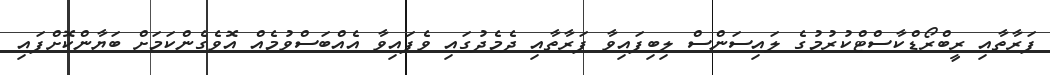
ފަރާތާއި ރީބްރޯޑްކާސްޓްކުރުމުގެ ލައިސަންސް ލިބިފައިވާ ފަރާތާއި ދެމެދުގައި ވެފައިވާ އެއްބަސްވުމެއް އޮވެގެންކަމަށް ބަޔާންކޮށްފައި